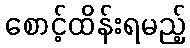
စောင့်ထိန်းရမည့်